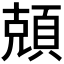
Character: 𬱆